Civil Veterinary Department. Central Provinces & Berar 1925-31 - 1925-1931
Year: 1925
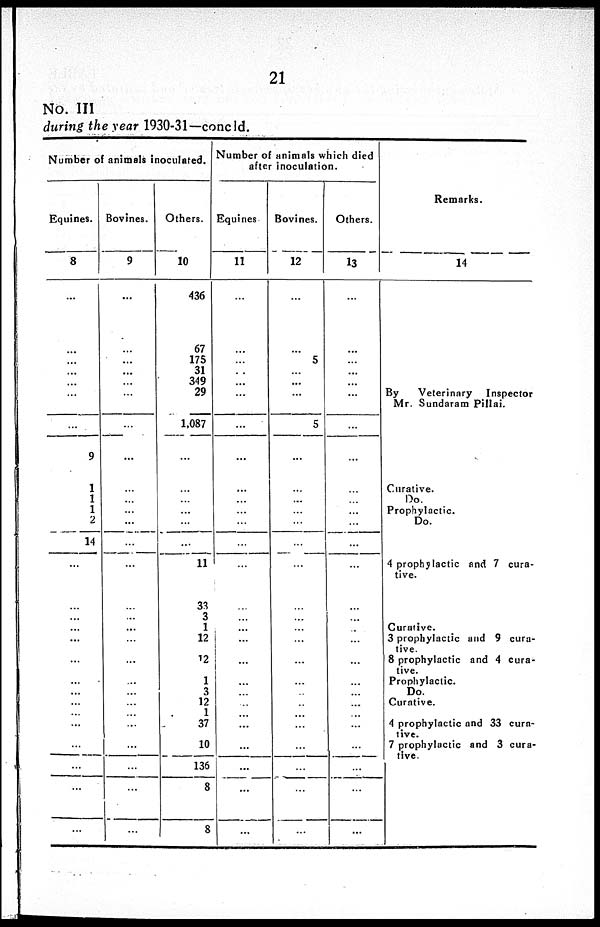
21
No. III
during the year 1930-31—concld.
Number of animals inoculated.
Equines.
8
...
...
...
...
...
...
...
9
1
1
1
2
14
...
...
...
...
...
...
...
... ...
...
...
...
...
...
...
...
Bovines.
9
...
...
...
...
...
...
...
...
...
...
...
...
...
...
...
...
...
...
...
...
...
...
...
...
...
Others.
10
436
67
175
31
349
29
1,087
...
...
...
...
...
...
11
33
3
1
12
12
1
3
12
1
37
10
136
8
8
Number of animals which died
after inoculation.
Equines
11
...
...
...
...
...
...
...
...
...
...
...
...
...
...
...
...
...
...
...
...
...
...
...
...
...
...
...
...
Bovines.
12
...
...
5
...
...
...
5
...
...
...
...
...
...
...
...
...
...
...
...
...
...
...
...
...
...
...
...
...
Others.
13
...
...
...
...
...
...
...
...
...
...
...
...
...
...
...
...
...
...
...
...
...
...
...
...
...
...
...
...
Remarks.
14
By
Veterinary
Inspector
Mr. Sundaram Pillai.
Curative.
Do.
Prophylactic.
Do.
4 prophylactic and 7 cura-
tive.
Curative.
3 prophylactic and 9 cura-
tive.
8 prophylactic and 4 cura-
tive.
Prophylactic.
Do.
Curative.
4 prophylactic and 33 cura-
tive.
7 prophylactic and 3 cura-